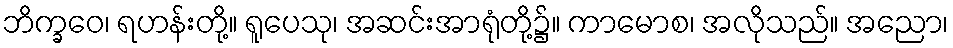
ဘိက္ခဝေ၊ ရဟန်းတို့။ ရူပေသု၊ အဆင်းအာရုံတို့၌။ ကာမောစ၊ အလိုသည်။ အညော၊